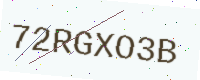
Text: 72RGXO3B